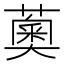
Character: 薁